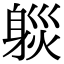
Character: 𨉒